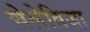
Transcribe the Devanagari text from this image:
चेलेबिजा